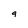
Character: g